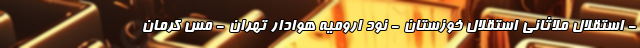
- استقلال ملاثانی استقلال خوزستان - نود ارومیه هوادار تهران - مس کرمان